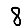
Digit: 8